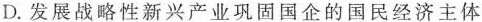
D.发展战略性新兴产业巩固国企的国民经济主体